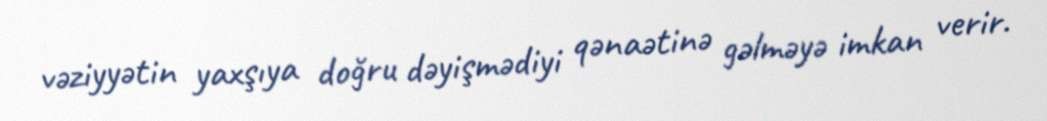
vəziyyətin yaxşıya doğru dəyişmədiyi qənaətinə gəlməyə imkan verir.